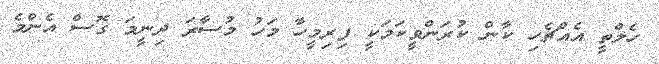
ހެލްތީ އެއްޗެހި ކާން ކުރަންވީކަމަކީ ފިރިމީހާ މަހު މުސާރަ ދިނީމަ ގޮސް އެންމެ